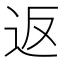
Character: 返